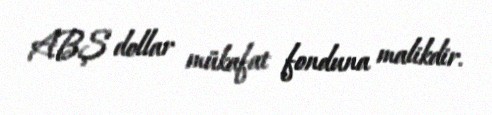
ABŞ dollar mükafat fonduna malikdir.